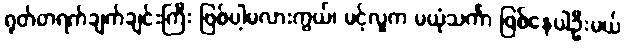
ရုတ်တရက်ချက်ချင်းကြီး ဖြစ်ပါ့မလားကွယ်၊ မင့်လူက မယုံသင်္ကာ ဖြစ်နေပါဦးမယ်